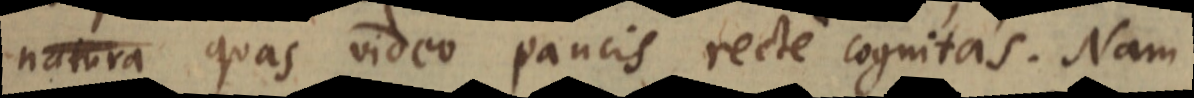
natura quas video paucis recte cognitas. Nam